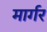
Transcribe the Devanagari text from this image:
मार्गर